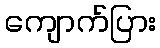
ကျောက်ပြား